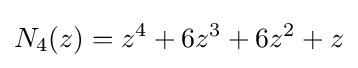
N_{4}(z)=z^{4}+6z^{3}+6z^{2}+z